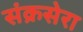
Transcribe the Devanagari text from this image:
संक्रसेरा